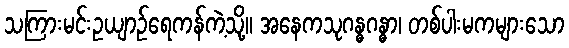
သကြားမင်းဥယျာဉ်ရေကန်ကဲ့သို့။ အနေကသုဂန္ဓဂန္ဓာ၊ တစ်ပါးမကများသော